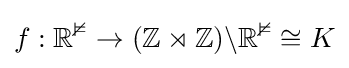
f:\mathbb {R^{2}} \rightarrow (\mathbb {Z} \rtimes \mathbb {Z} )\backslash \mathbb {R^{2}} \cong K